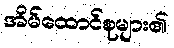
အိမ်ထောင်စုများ၏